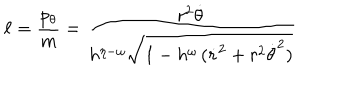
\ell = \frac { p _ { \theta } } { m } = \frac { r ^ { 2 } \dot { \theta } } { h ^ { \eta - \omega } \sqrt { 1 - h ^ { \omega } \, ( \dot { r } ^ { 2 } + r ^ { 2 } \dot { \theta } ^ { 2 } ) } }